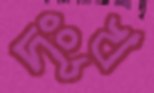
দূঃখ